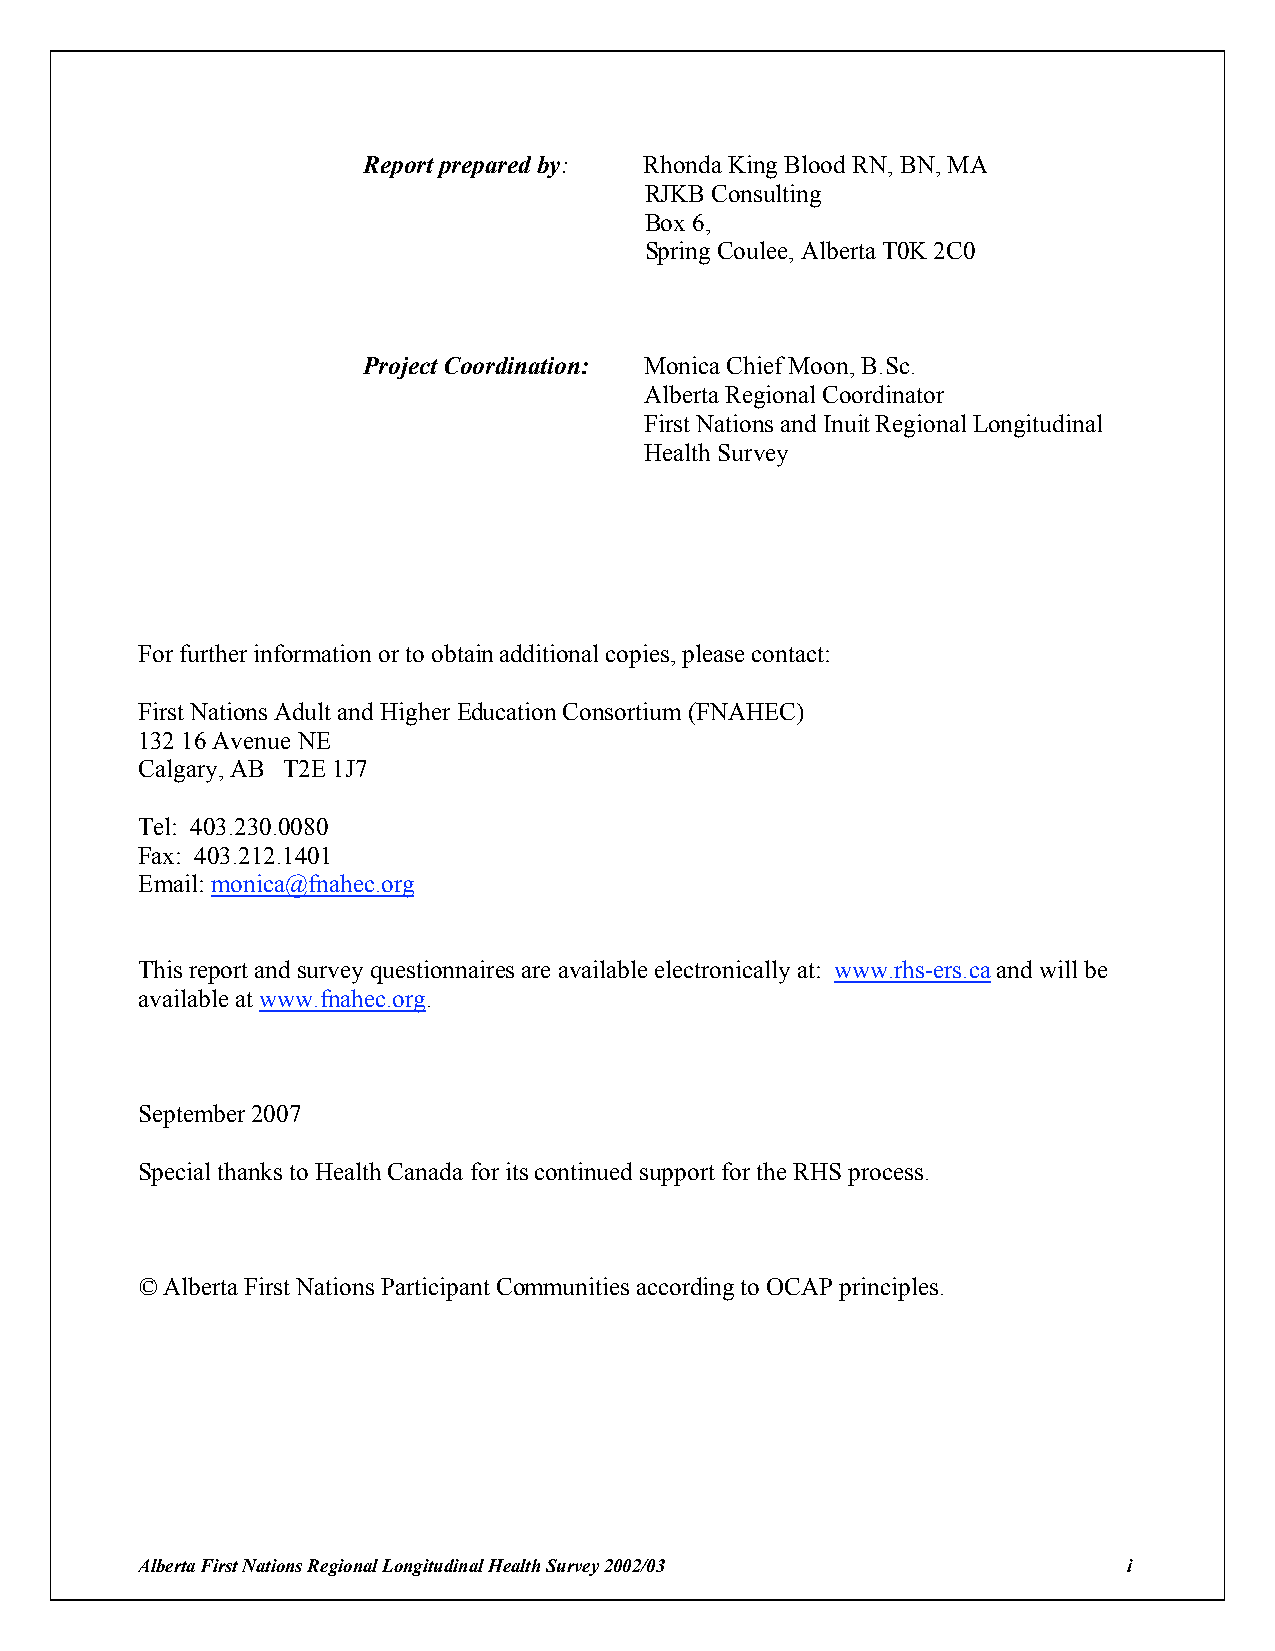
Report prepared by: Rhonda King Blood RN, BN, MA
 RJKB Consulting
 Box 6,
 Spring Coulee, Alberta T0K 2C0
 Project Coordination: Monica Chief Moon, B.Sc.
 Alberta Regional Coordinator
 First Nations and Inuit Regional Longitudinal
 Health Survey
 For further information or to obtain additional copies, please contact:
 First Nations Adult and Higher Education Consortium (FNAHEC)
 132 16 Avenue NE
 Calgary, AB T2E 1J7
 Tel: 403.230.0080
 Fax: 403.212.1401
 Email: monica@fnahec.org
 This report and survey questionnaires are available electronically at: www.rhs-ers.ca and will be
 available at www.fnahec.org.
 September 2007
 Special thanks to Health Canada for its continued support for the RHS process.
 © Alberta First Nations Participant Communities according to OCAP principles.
 Alberta First Nations Regional Longitudinal Health Survey 2002/03 i